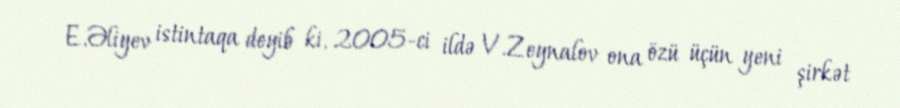
E.Əliyev istintaqa deyib ki, 2005-ci ildə V.Zeynalov ona özü üçün yeni şirkət